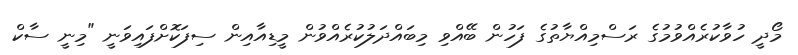
މޯދީ ހުވާކުރެއްވުމުގެ ރަސްމިއްޔާތުގެ ފަހުން ބޭއްވި މިބައްދަލުކުރެއްވުން މީޑިއާއިން ސިފަކޮށްފައިވަނީ "މިނީ ސާކް